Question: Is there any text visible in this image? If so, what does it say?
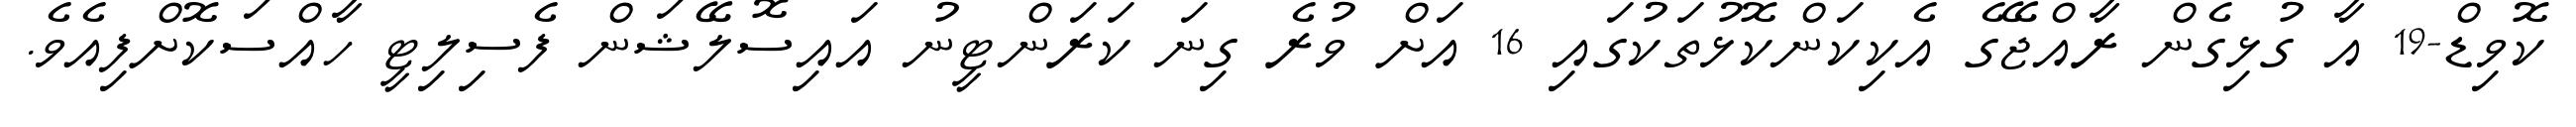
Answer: ކޮވިޑް-19 އާ ގުޅިގެން ރާއްޖޭގެ އެކިކަންކޮޅުތަކުގައި 16 އަށް ވުރެ ގިނަ ކަރަންޓީނު އައިސޮލޭޝަން ފެސިލިޓީ ހާއްސަކޮށްފިއެވެ.